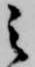
之